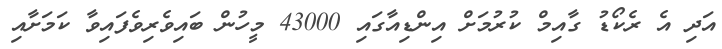
އަދި އެ ރެކޯޑު ގާއިމް ކުރުމަށް އިންޑިއާގައި 43000 މީހުން ބައިވެރިވެފައިވާ ކަމަށާއި